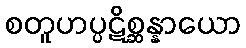
စတူဟပ္ပဋိစ္ဆန္နာယော